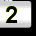
Digit: 2